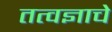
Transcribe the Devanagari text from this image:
तत्वज्ञाचे